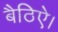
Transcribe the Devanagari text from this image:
बैठिऐ।